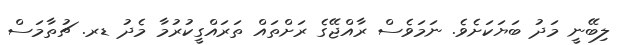
ލިބޭނީ މަދު ބަޔަކަށެވެ. ނަމަވެސް ރާއްޖޭގެ ރަށްތައް ތަރައްގީކުރުމާ މެދު ޑރ. ޗުތާމަސް